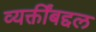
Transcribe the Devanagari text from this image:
व्यक्तींबद्दल